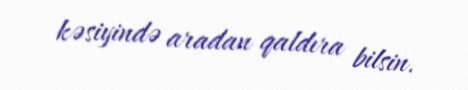
kəsiyində aradan qaldıra bilsin.